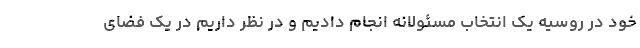
خود در روسیه یک انتخاب مسئولانه انجام دادیم و در نظر داریم در یک فضای